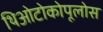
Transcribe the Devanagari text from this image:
थिओटोकोपूलोस